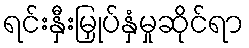
ရင်းနှီးမြှုပ်နှံမှုဆိုင်ရာ